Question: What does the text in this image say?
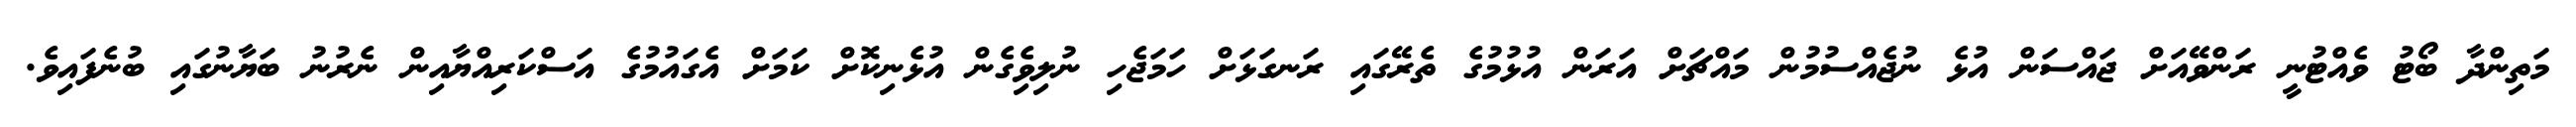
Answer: މަތިންދާ ބޯޓު ވެއްޓުނީ ރަންވޭއަށް ޖައްސަން އުޅެ ނުޖެއްސުމުން މައްޗަށް އަރަން އުޅުމުގެ ތެރޭގައި ރަނގަޅަށް ހަމަޖެހި ނުލިވެިގެން އުޅެނިކޮށް ކަމަށް އެގައުމުގެ އަސްކަރިއްޔާއިން ނެރުނު ބަޔާނުގައި ބުނެފައިވެ.